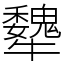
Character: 犩